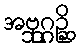
အဗ္ဘုဂ္ဂဉ္ဆိ